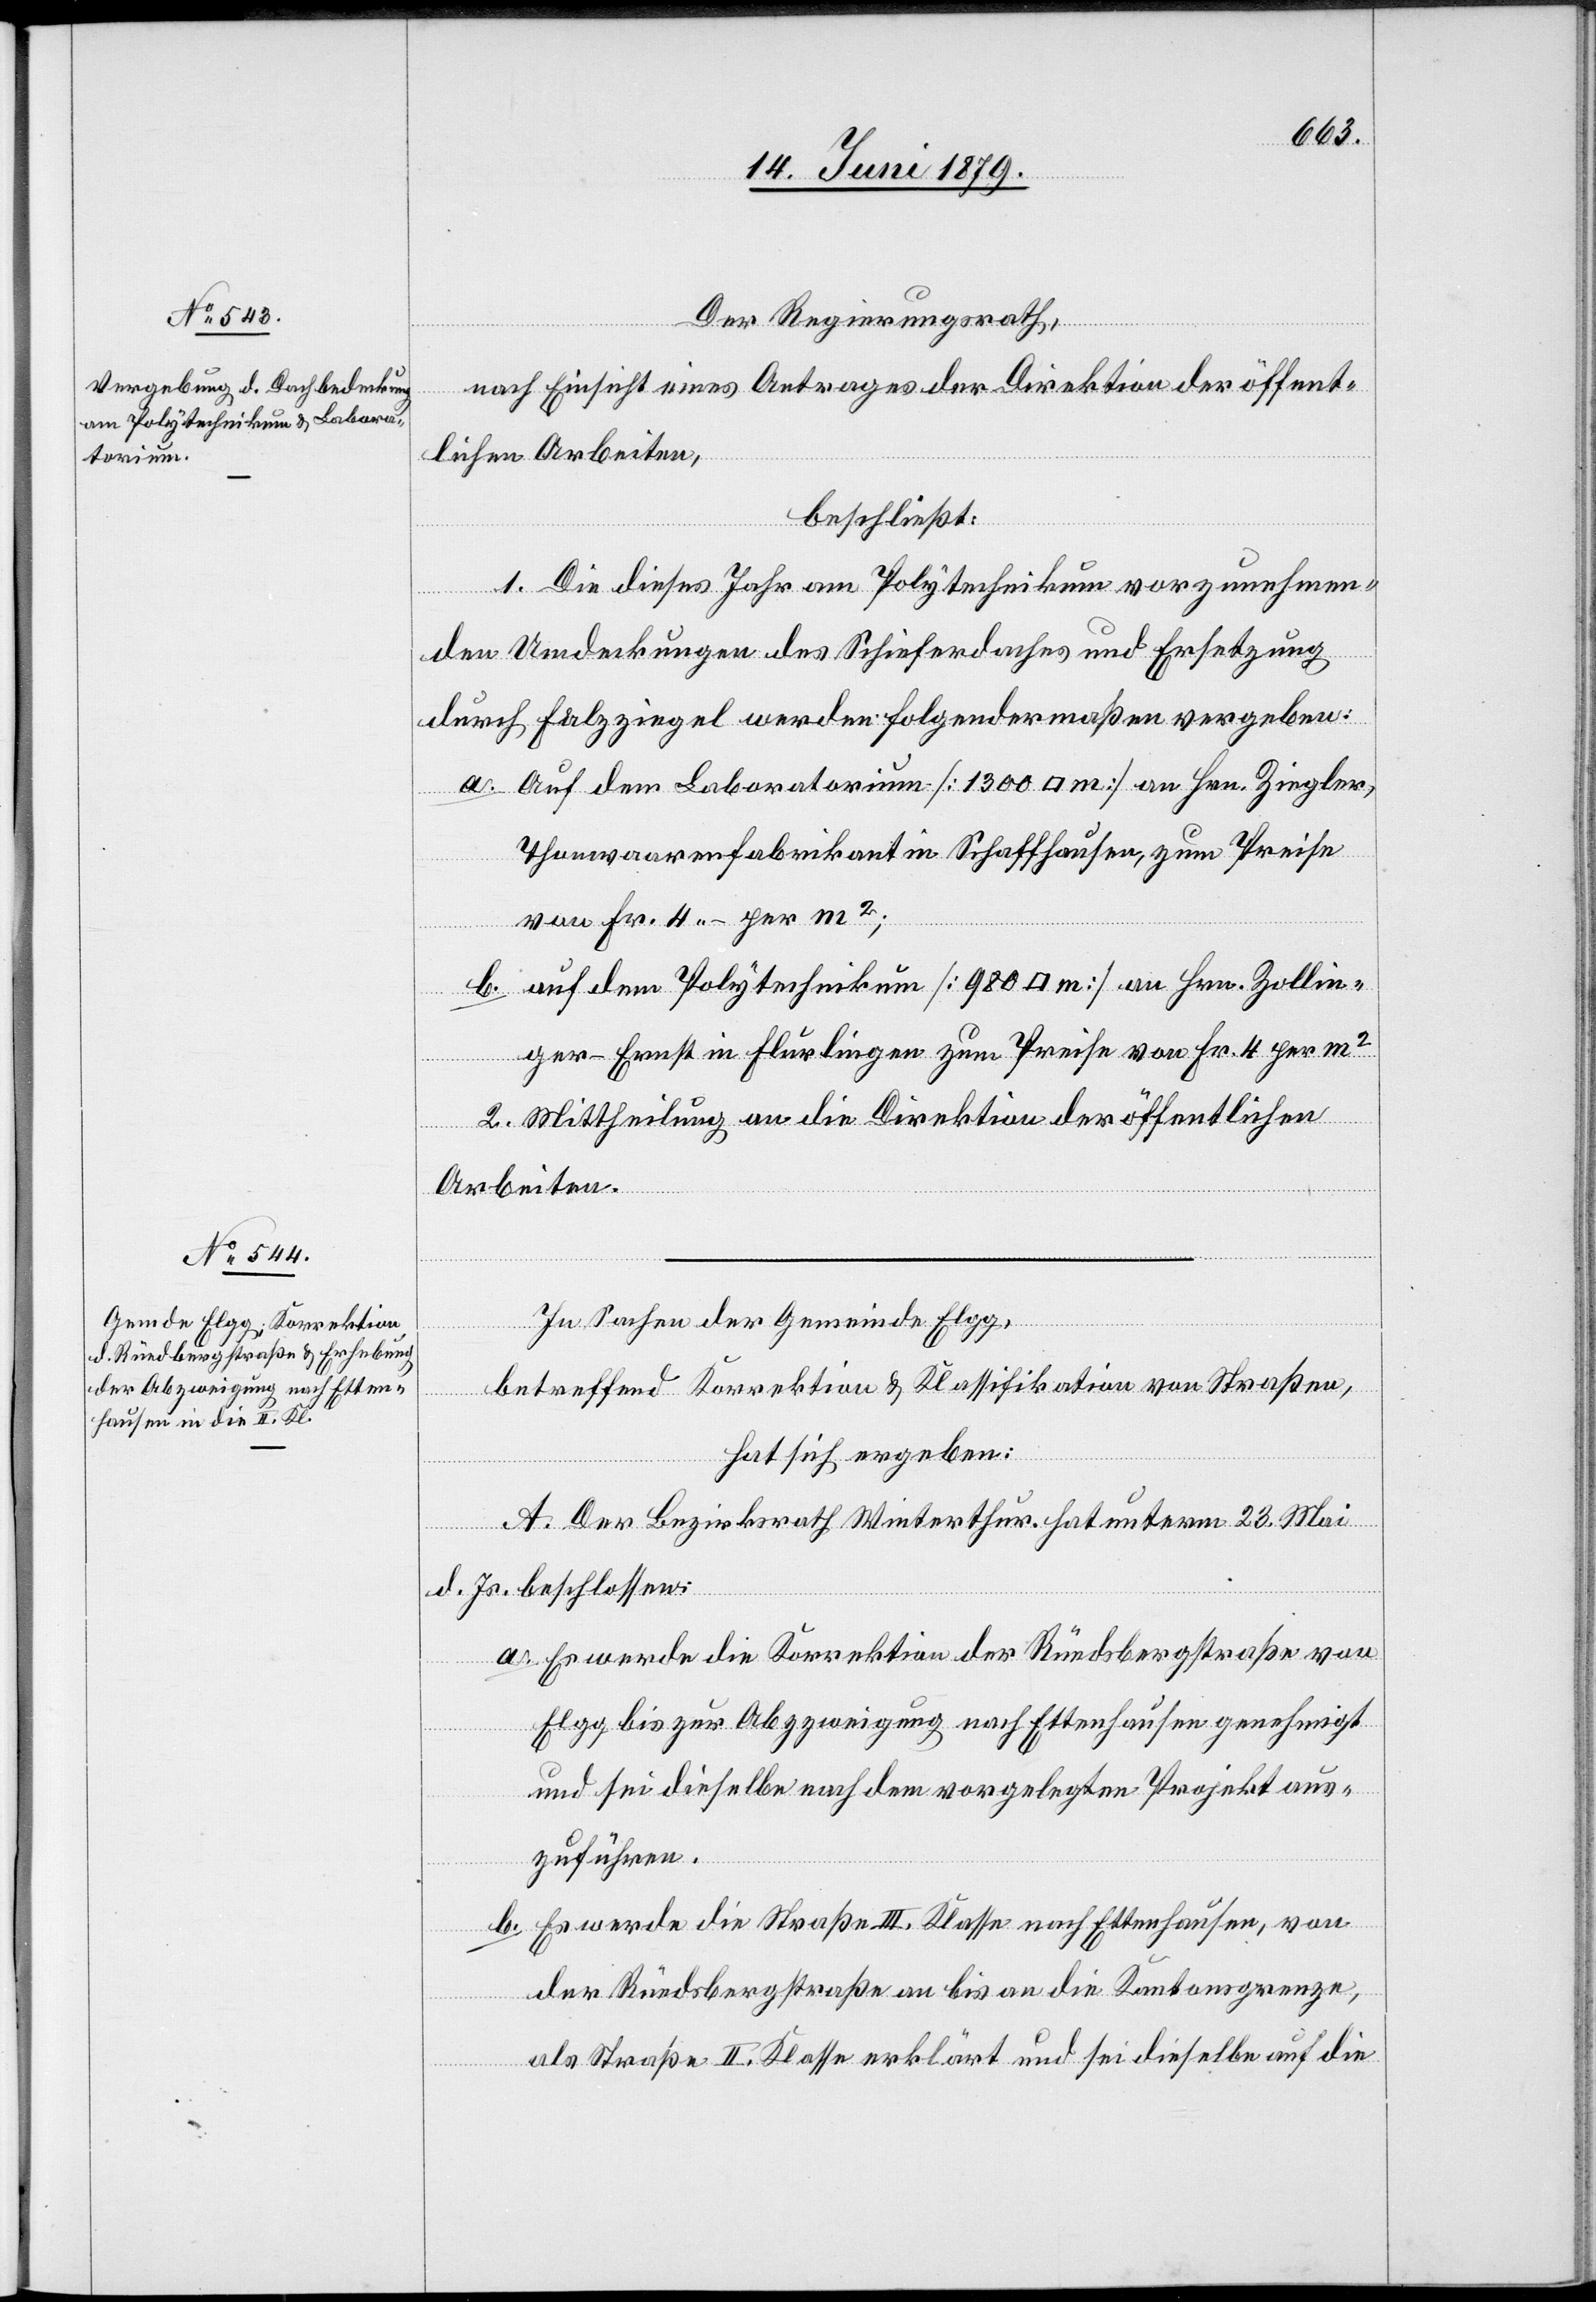
Der Regierungsrath,
nach Einsicht eines Antrages der Direktion der öffent¬
lichen Arbeiten,
beschließt:
1. Die dieses Jahr am Polytechnikum vorzunehmen¬
den Umdeckungen des Schieferdaches und Ersetzung
durch Falzziegel werden folgendermaßen vergeben:
a. Auf dem Laboratorium [1300 [Quadratmeter]] an Hrn. Ziegler,
Thonwaarenfabrikant in Schaffhausen, zum Preise
von Fr. 4 – per m2;
b. auf dem Polytechnikum [980 [Quadratmeter]] an Hrn. Zollin¬
ger-Ernst in Flurlingen zum Preise von Fr. 4 per m2
2. Mittheilung an die Direktion der öffentlichen
Arbeiten.
In Sachen der Gemeinde Elgg,
betreffend Korrektion & Klassifikation von Straßen,
hat sich ergeben:
A. Der Bezirksrath Winterthur hat unterm 23. Mai
d. Js. beschlossen:
a. Es werde die Korrektion der Rüedsbergstraße
Elgg bis zur Abzzweigung [sic!] nach Ettenhausen genehmigt
und sei dieselbe nach dem vorgelegten Projekt aus¬
zuführen.
b. Es werde die Straße III. Klasse nach Ettenhausen, von
der Rüedsbergstraße an bis an die Kantonsgrenze,
von
als Straße II. Klasse erklärt und sei dieselbe auf die